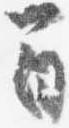
間